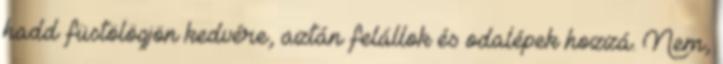
hadd füstölögjön kedvére, aztán felállok és odalépek hozzá. Nem,